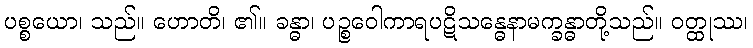
ပစ္စယော၊ သည်။ ဟောတိ၊ ၏။ ခန္ဓာ၊ ပဉ္စဝေါကာရပဋိသန္ဓေနာမက္ခန္ဓာတို့သည်။ ဝတ္ထုဿ၊